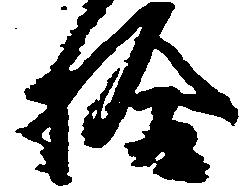
拾